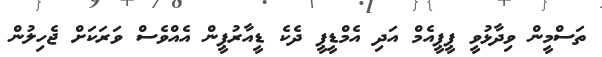
ތަސްމީން ވިދާޅުވީ ޕީޕީއެމް އަދި އެމްޑީޕީ ދެކެ ޑީއާރުޕީން އެއްވެސް ވަރަކަށް ޖެހިލުން